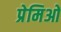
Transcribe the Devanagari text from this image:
प्रेमिओ